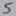
Text: 5